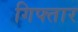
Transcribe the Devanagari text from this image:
गिफ्तार